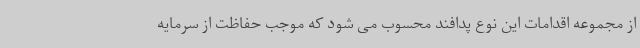
از مجموعه اقدامات این نوع پدافند محسوب می شود که موجب حفاظت از سرمایه